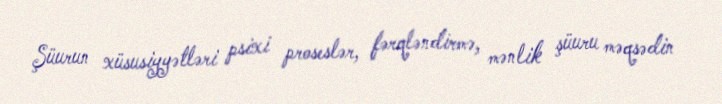
Şüurun xüsusiyyətləri psixi proseslər, fərqləndirmə, mənlik şüuru məqsədin